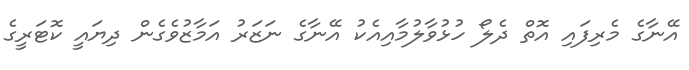
އޭނާގެ މެރިފައި އޮތް ދެލޯ ހުޅުވާލުމާއިއެކު އޭނާގެ ނަޒަރު އަމާޒުވެގެން ދިޔައީ ކޮޓަރީގެ